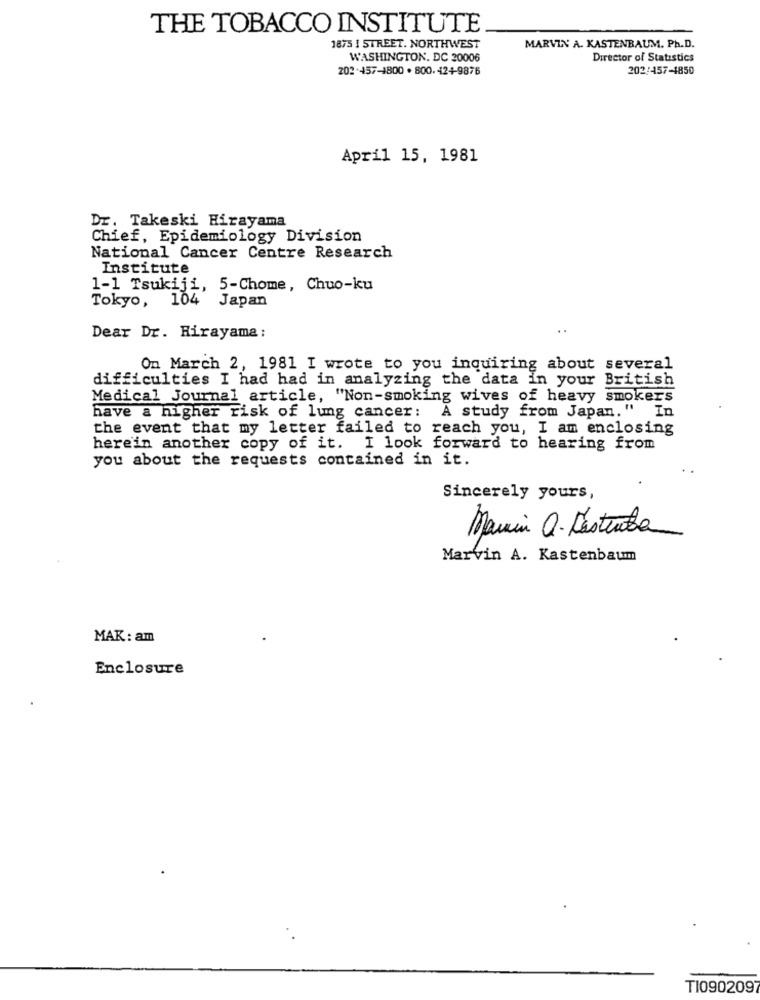
THE TOBACCO INSTITUTE
1873 I STREET. NORTHWEST
MARVIN A. KASTENBAUM. Ph.D.
WASHINGTON, DC 20006
Director of Statistics
202-457-4800 . 800.424-9876
202/457-1850
April 15, 1981
Dr. Takeski Hirayama
Chief, Epidemiology Division
National Cancer Centre Research
Institute
1-1 Tsukiji, 5-Chome, Chuo-ku
Tokyo, 104 Japan
..
Dear Dr. Rirayama :
Om March 2, 1981 I wrote to you inquiring about several
difficulties I had had in analyzing the data in your British
Medical Journal article, "Non-smoking wives of heavy smokers
have a higher risk of lung cancer: A study from Japan." In
the event that my letter failed to reach you, I am enclosing
herein another copy of it. I look forward to hearing from
you about the requests contained in it.
Sincerely yours,
Mamin a. Restenta
Marvin A. Kastenbaum
MAK : am
Enclosure
TI090209